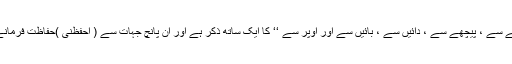
اس دعا میں سامنے سے ، پیچھے سے ، دائیں سے ، بائیں سے اور اوپر سے ‘‘ کا ایک ساتھ ذکر ہے اور ان پانچ جہات سے ( احْفَظْنِیْ )حفاظت فرمانے کا سوال کیا گیا۔